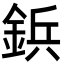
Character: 鋲